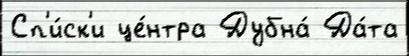
Сп'и́ск'и це́нтра Дубна́ Да́та